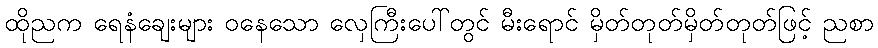
ထိုညက ရေနံချေးများ ဝနေသော လှေကြီးပေါ်တွင် မီးရောင် မှိတ်တုတ်မှိတ်တုတ်ဖြင့် ညစာ